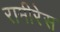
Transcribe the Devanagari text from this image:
रामीरेस